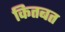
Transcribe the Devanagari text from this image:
कितबत